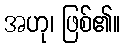
အဟု၊ ဖြစ်၏။